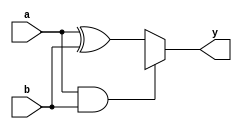
module combinational_logic (
    input wire a,      // Input A
    input wire b,      // Input B
    output wire y      // Output Y
);

// Define the logic function using a case statement
// Let's assume the following truth table:
// a | b | y
// 0 | 0 | 0
// 0 | 1 | 1
// 1 | 0 | 1
// 1 | 1 | X (Don't Care)

assign y = (a & b) ? 1'bx : (a ^ b); // Using XOR for simplification

endmodule